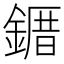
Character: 䥄